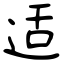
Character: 适